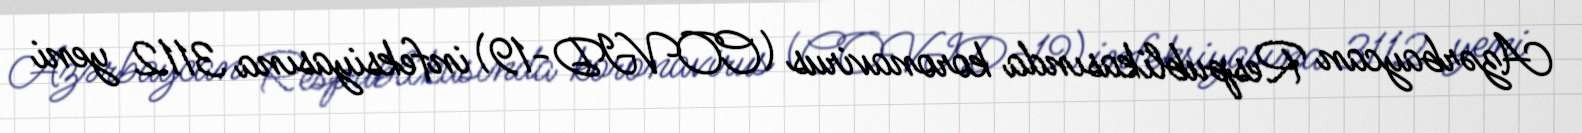
Azərbaycan Respublikasında koronavirus (COVID-19) infeksiyasına 3112 yeni